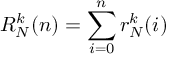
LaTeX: R _ { N } ^ { k } ( n ) = \sum _ { i = 0 } ^ { n } r _ { N } ^ { k } ( i )